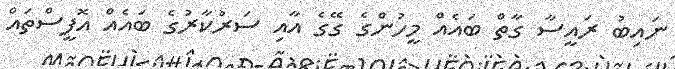
ނައިބު ރައީސާ ގާތް ބައެއް މީހުންގެ ގޭގެ އާއި ސަރުކާރުގެ ބައެއް އޮފީސްތައް